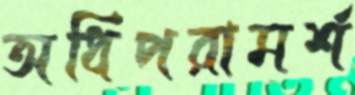
অধিপরামর্শ